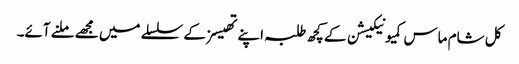
کل شام ماس کمیونیکیشن کے کچھ طلبہ اپنے تھیسز کے سلسلے میں مجھے ملنے آئے۔